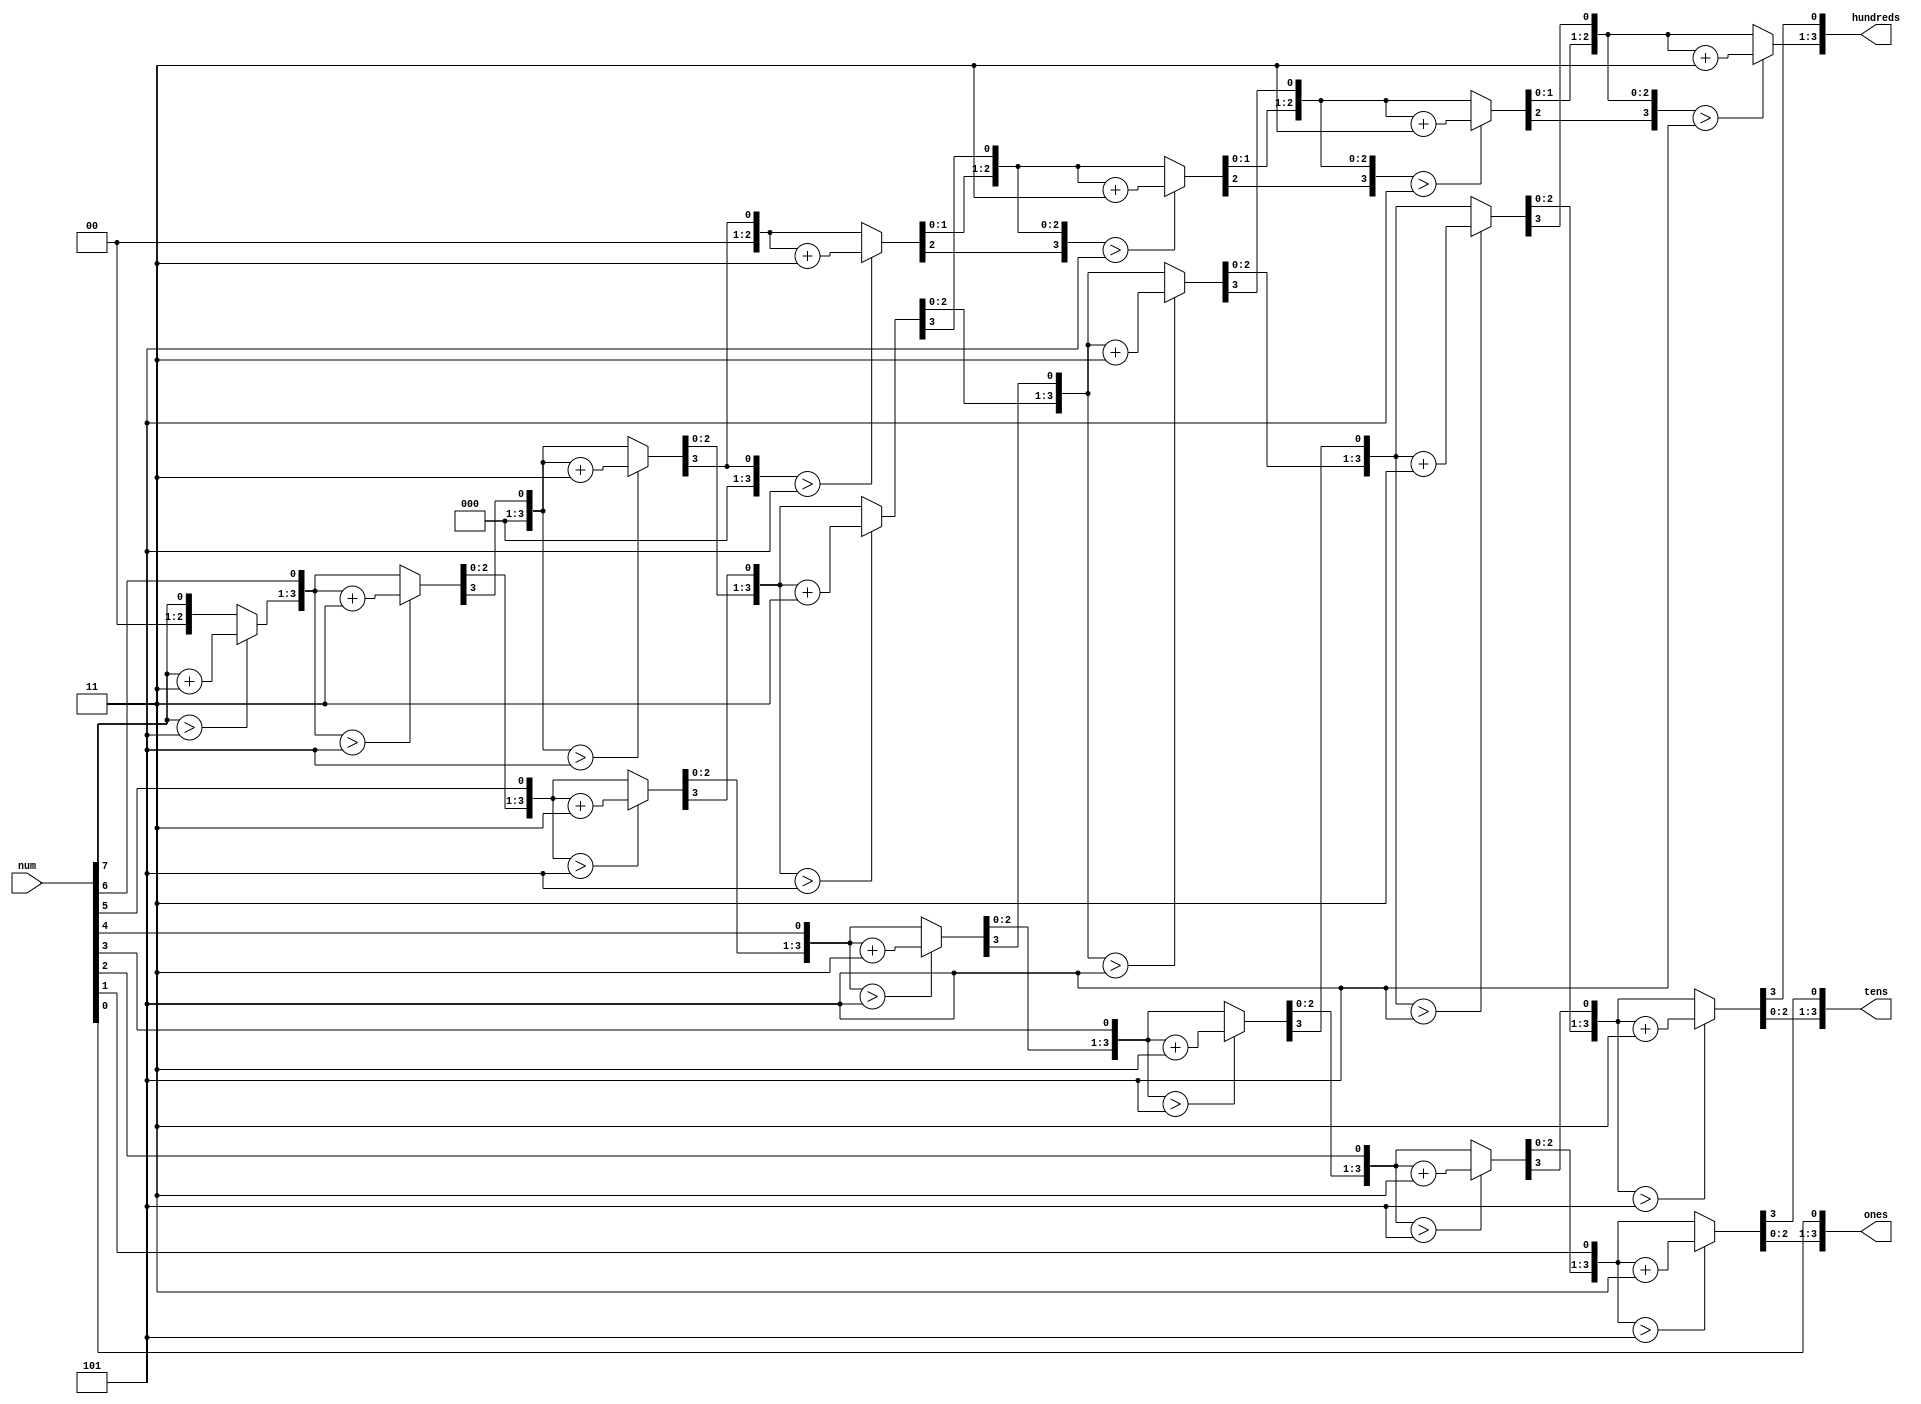
module ssd_bin2bcd(

    input [7:0] num,
//    output [3:0] thousands,
    output reg [3:0] hundreds,
    output reg [3:0] tens,
    output reg [3:0] ones
    );
    
    reg [19:0] bit_temp;
    integer j;
    
    
    always @(num)
    begin
        bit_temp[19:8] = 0;
        bit_temp[7:0] = num;
        
        
        for(j=0; j<8; j = j +1) 
        begin
            if (bit_temp[11:8] > 5)
                bit_temp[11:8] = bit_temp[11:8] + 3;

            if (bit_temp[15:12] > 5)
                bit_temp[15:12] = bit_temp[15:12] + 3;

            if (bit_temp[19:16] > 5)
                bit_temp[19:16] = bit_temp[19:16] + 3;

            bit_temp = bit_temp <<1;
        end
        
        hundreds = bit_temp[19:16];
            tens = bit_temp[15:12];
            ones = bit_temp[11:8] ;
//       thousands = 4'b0000;                      
        
        end

endmodule